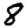
Digit: 8